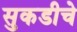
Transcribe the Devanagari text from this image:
सुकडीचे